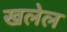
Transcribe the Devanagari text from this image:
खलेल